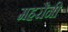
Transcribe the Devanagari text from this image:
महरौनी